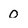
Character: 0